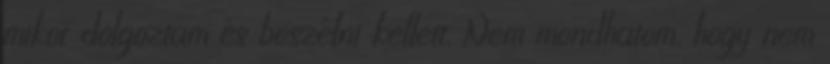
mikor dolgoztam és beszélni kellett. Nem mondhatom, hogy nem